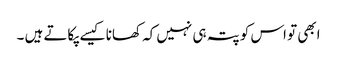
ابھی تو اس کو پتہ ہی نہیں کہ کھانا کیسے پکاتے ہیں ۔